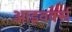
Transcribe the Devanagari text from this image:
आइवर्क्स